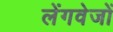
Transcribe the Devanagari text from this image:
लेंगवेजों